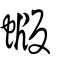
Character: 蝂